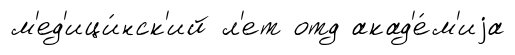
м'ед'ици́нск'ий л'ет отд акад'е́м'иjа